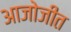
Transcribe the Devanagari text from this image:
आजोजीत